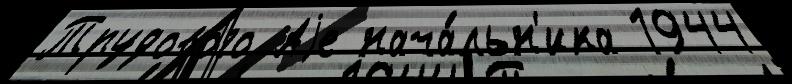
Трудово́го Аjе нача́льн'ика 1944